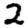
Digit: 2